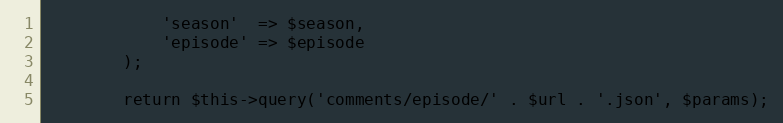
Language: PHP
            'season'  => $season,
            'episode' => $episode
        );

        return $this->query('comments/episode/' . $url . '.json', $params);